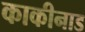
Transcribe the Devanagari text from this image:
काकीनाड